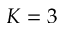
K = 3